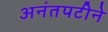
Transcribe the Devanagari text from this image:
अनंतपटीने